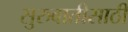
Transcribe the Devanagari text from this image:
सुरुवातीसाठी